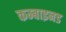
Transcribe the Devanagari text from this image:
कम्बाइनड